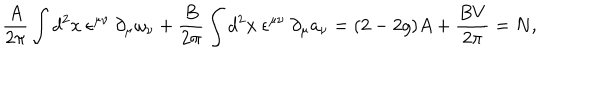
\frac { A } { 2 \pi } \int d ^ { 2 } x ~ \epsilon ^ { \mu \nu } ~ \partial _ { \mu } \omega _ { \nu } + \frac { B } { 2 \pi } \int d ^ { 2 } x ~ \epsilon ^ { \mu \nu } ~ \partial _ { \mu } a _ { \nu } = ( 2 - 2 g ) A + \frac { B V } { 2 \pi } = N ,